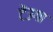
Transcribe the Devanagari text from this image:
टेंउगा